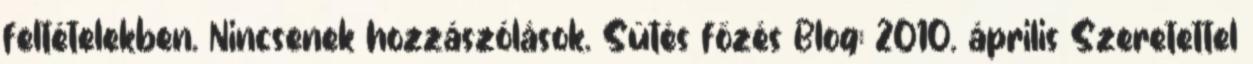
feltételekben. Nincsenek hozzászólások. Sütés főzés Blog: 2010. április Szeretettel